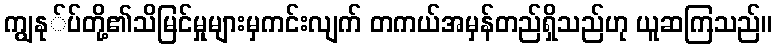
ကျွနု်ပ်တို့၏သိမြင်မှုများမှကင်းလျက် တကယ်အမှန်တည်ရှိသည်ဟု ယူဆကြသည်။